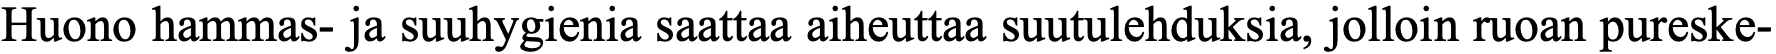
Huono hammas- ja suuhygienia saattaa aiheuttaa suutulehduksia, jolloin ruoan pureske-